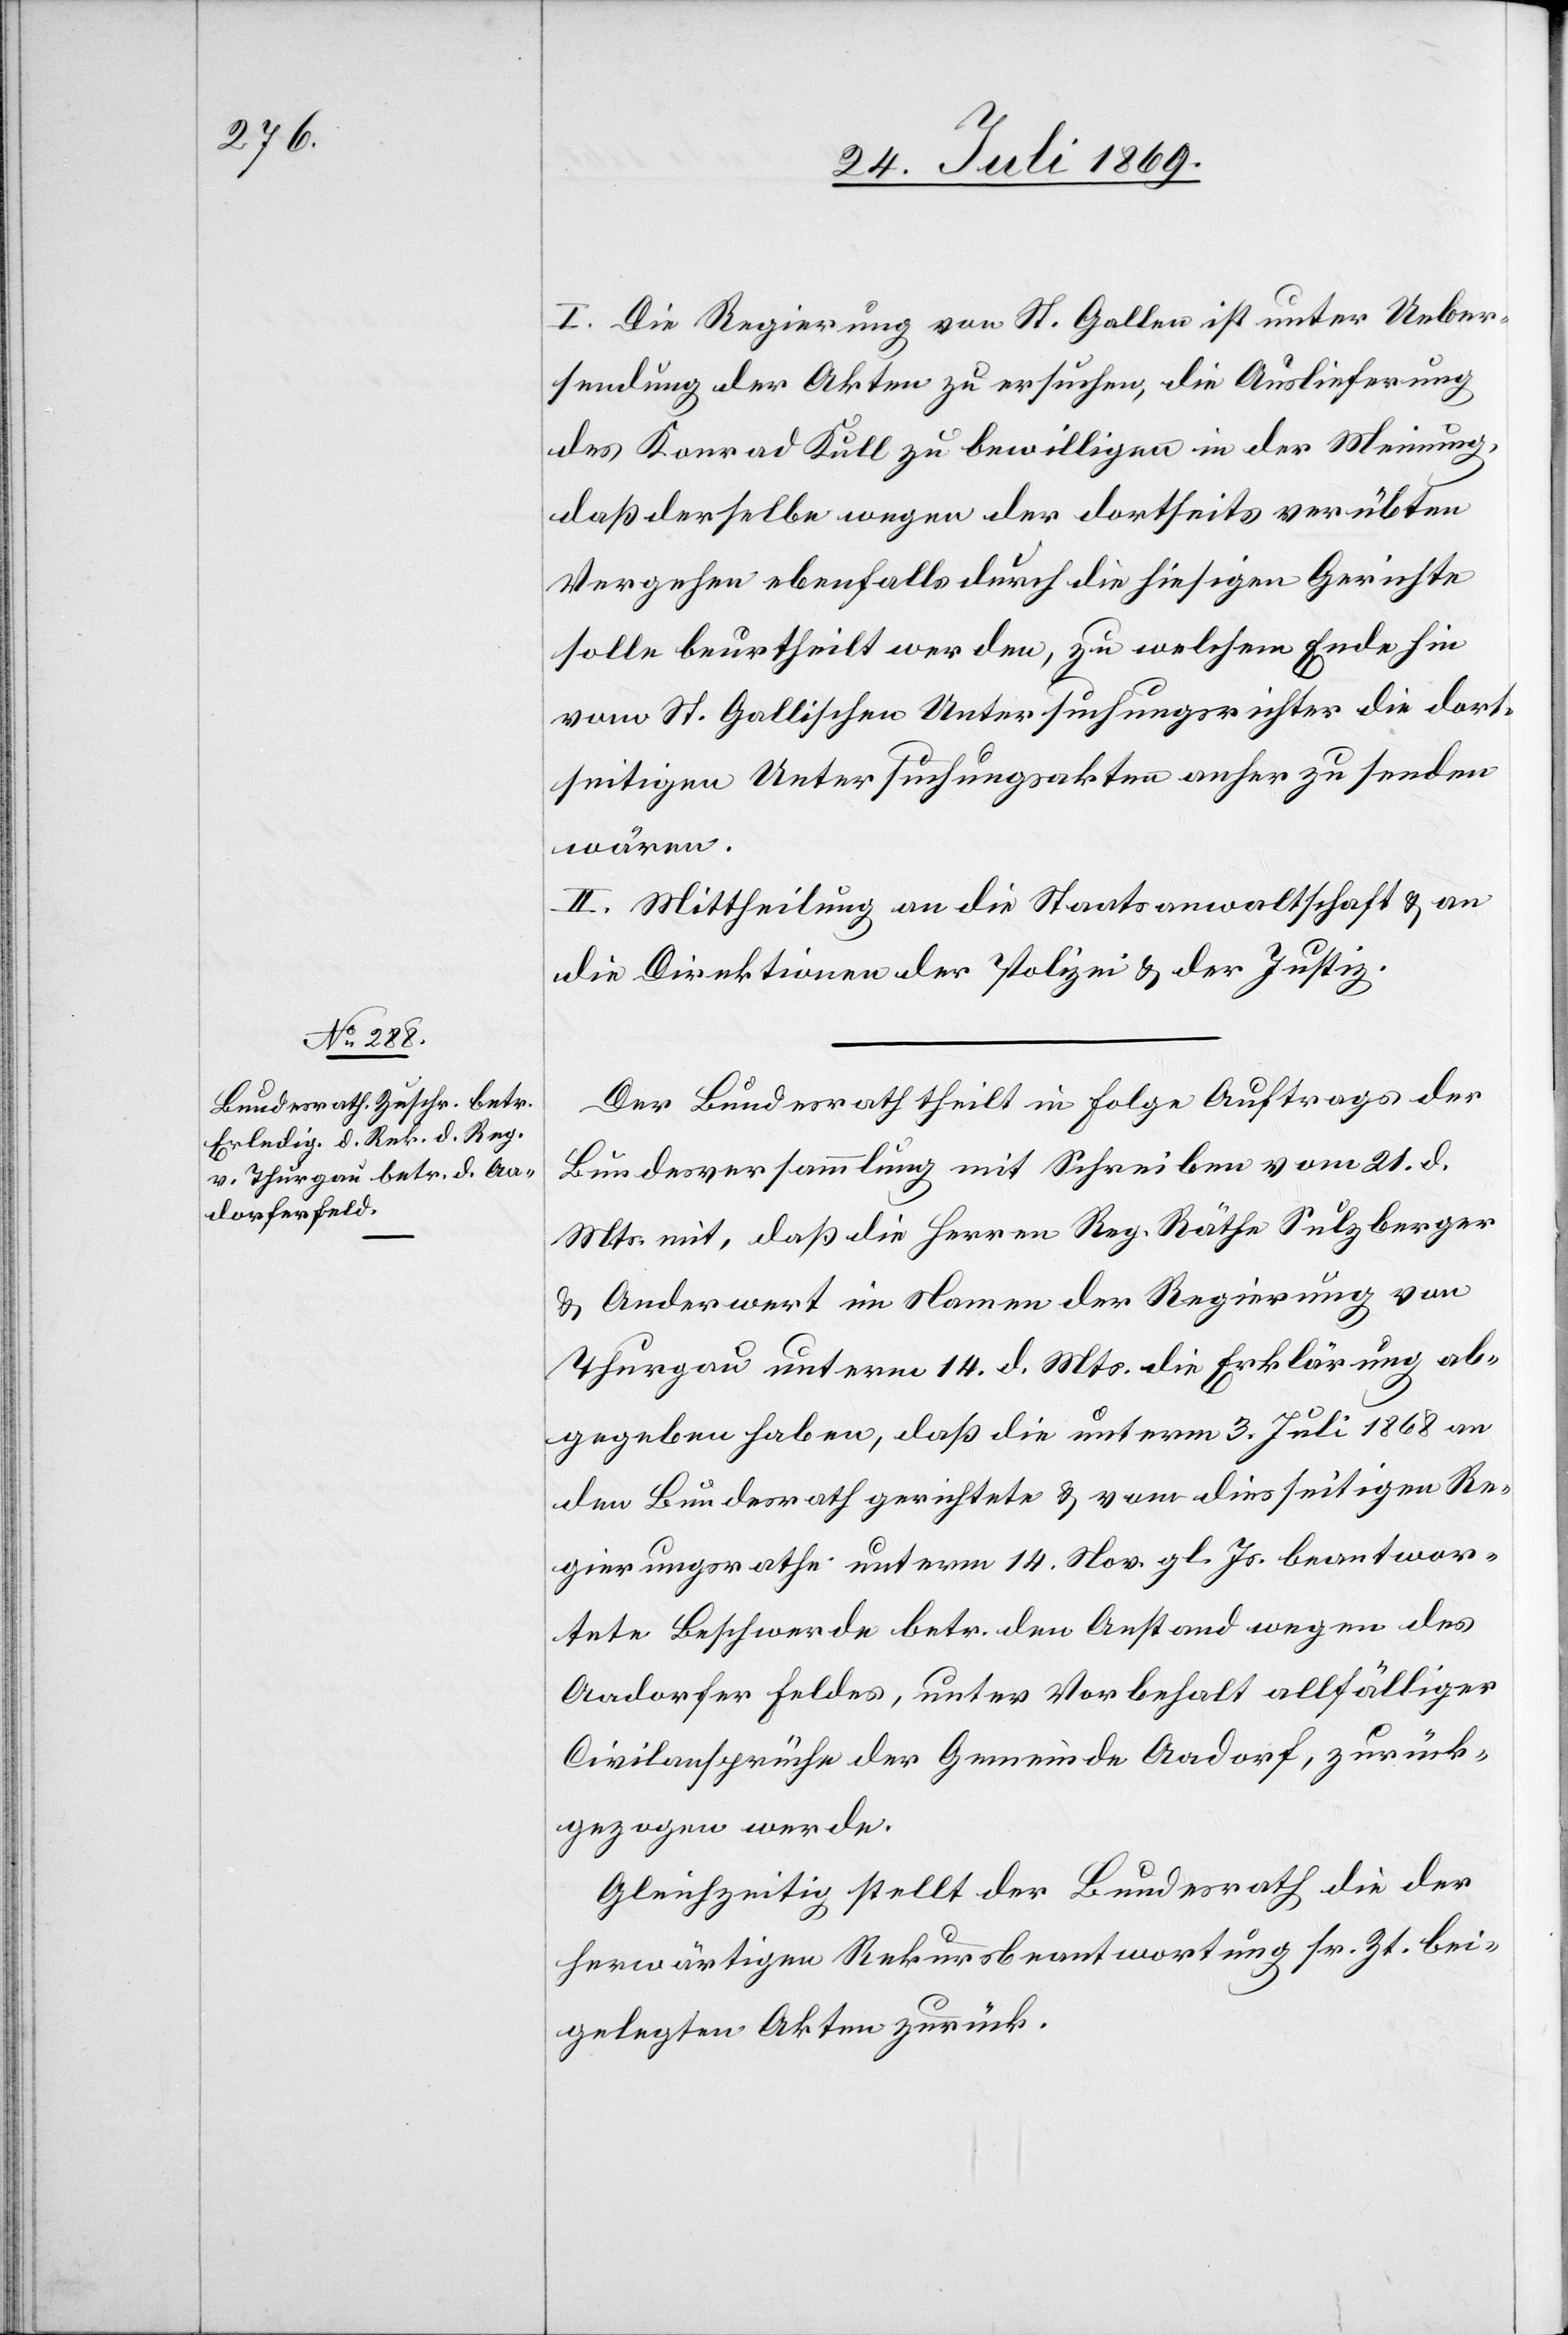
I. Die Regierung von St. Gallen ist unter Ueber¬
sendung der Akten zu ersuchen, die Auslieferung
des Konrad Kull zu bewilligen in der Meinung,
daß derselbe wegen der dortseits verübten
Vergehen ebenfalls durch die hiesigen Gerichte
solle beurtheilt werden, zu welchem Ende hin
vom St. Gallischen Untersuchungsrichter die dort¬
seitigen Untersuchungsakten anher zu senden
wären.
II. Mittheilung an die Staatsanwaltschaft u. an
die Direktionen der Polizei u. der Justiz.
Der Bundesrath theilt in Folge Auftrages der
Bundesversammlung mit Schreiben vom 21 d.
Mts. mit, daß die Herren Reg. Räthe Sulzberger
u. Anderwert im Namen der Regierung von
Thurgau unterm 14 d. Mts. die Erklärung ab¬
gegeben haben, daß die unterm 3 Juli 1868 an
den Bundesrath gerichtete u. vom diesseitigen Re¬
gierungsrathe unterm 14 Nov. gl. Js. beantwor¬
tete Beschwerde betr. den Anstand wegen des
Aadorfer Feldes, unter Vorbehalt allfälliger
Civilansprüche der Gemeinde Aadorf, zurück¬
gezogen werde.
Gleichzeitig stellt der Bundesrath die der
herwärtigen Rekursbeantwortung sr. Zt. bei¬
gelegten Akten zurück.